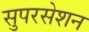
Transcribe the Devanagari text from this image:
सुपरसेशन